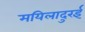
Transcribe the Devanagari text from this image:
मयिलादुरई